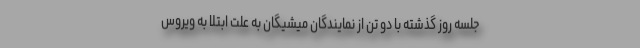
جلسه روز گذشته با دو تن از نمایندگان میشیگان به علت ابتلا به ویروس